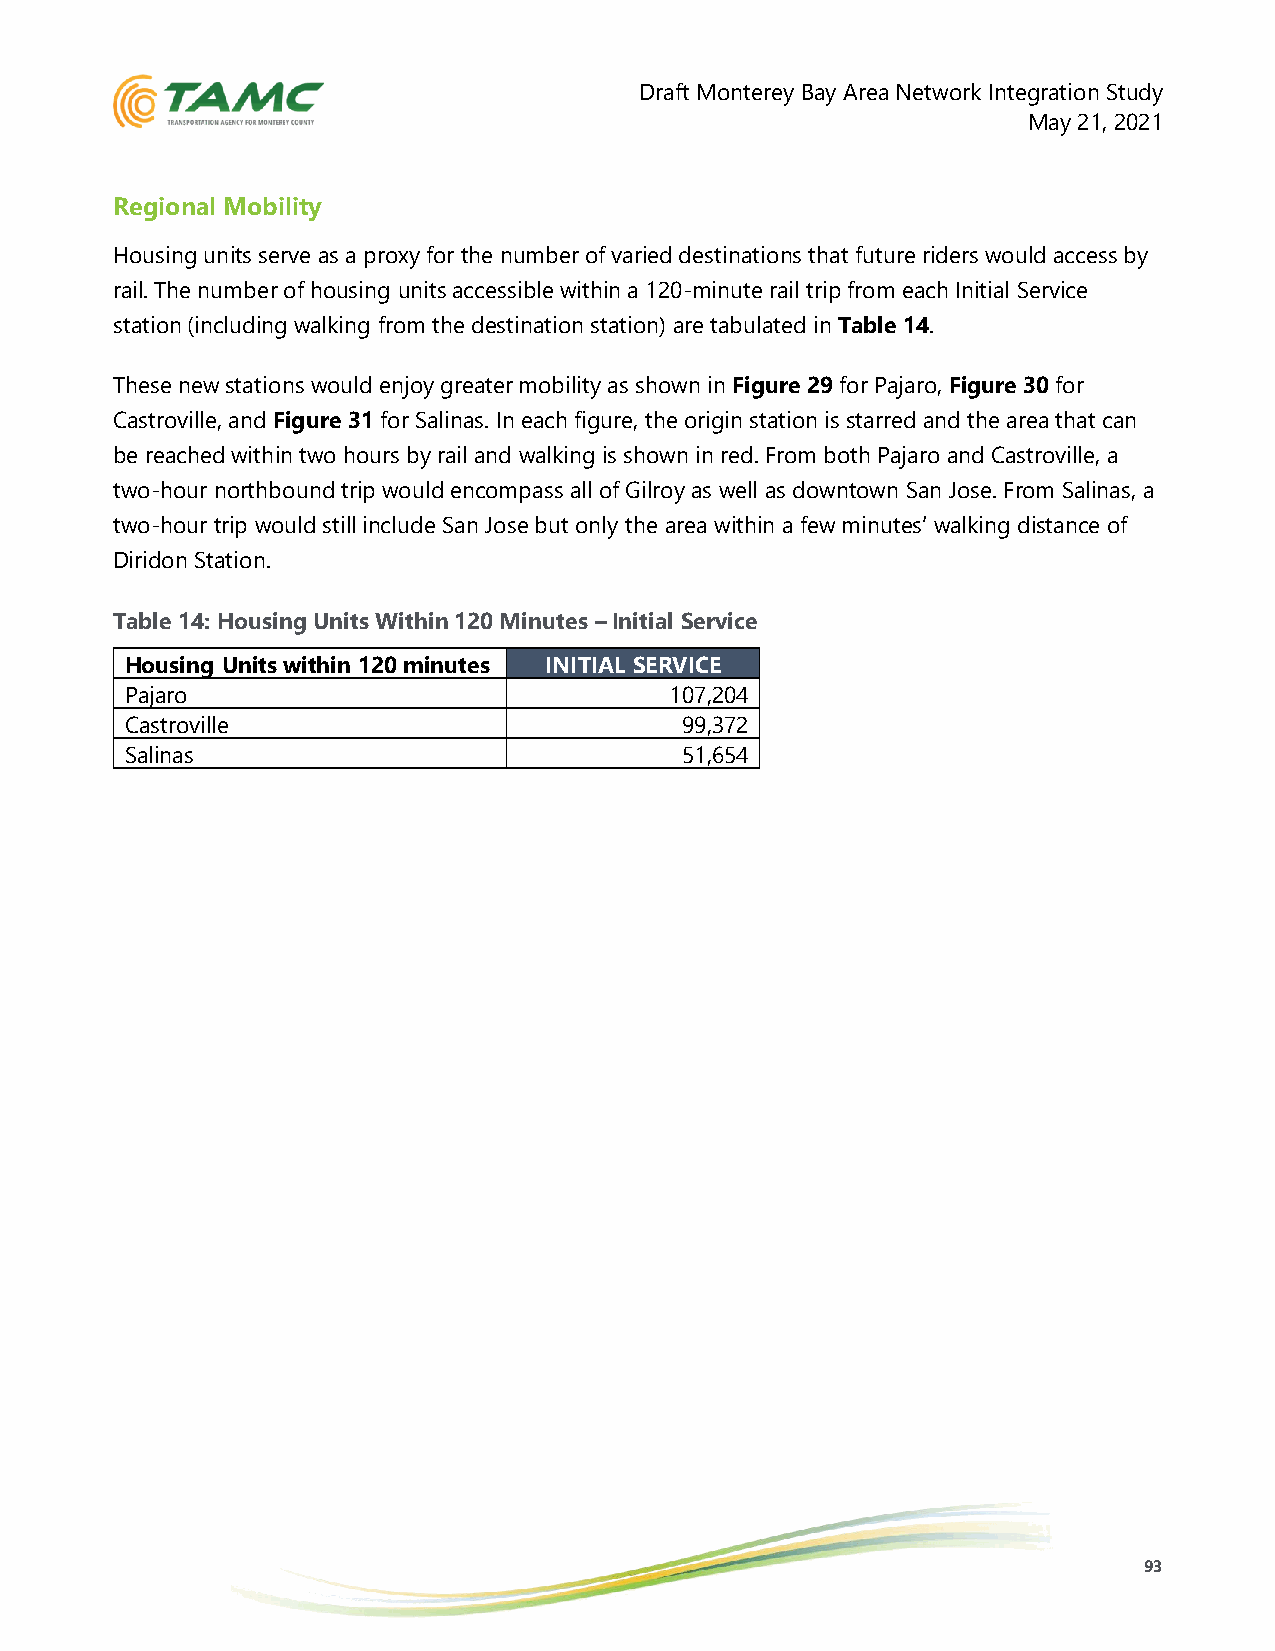
Draft Monterey Bay Area Network Integration Study
 May 21, 2021
 Regional Mobility
 Housing units serve as a proxy for the number of varied destinations that future riders would access by
 rail. The number of housing units accessible within a 120-minute rail trip from each Initial Service
 station (including walking from the destination station) are tabulated in Table 14.
 These new stations would enjoy greater mobility as shown in Figure 29 for Pajaro, Figure 30 for
 Castroville, and Figure 31 for Salinas. In each figure, the origin station is starred and the area that can
 be reached within two hours by rail and walking is shown in red. From both Pajaro and Castroville, a
 two-hour northbound trip would encompass all of Gilroy as well as downtown San Jose. From Salinas, a
 two-hour trip would still include San Jose but only the area within a few minutes’ walking distance of
 Diridon Station.
 Table 14: Housing Units Within 120 Minutes – Initial Service
 Housing Units within 120 minutes INITIAL SERVICE
 Pajaro                              107,204
 Castroville                          99,372
 Salinas                              51,654
 93